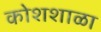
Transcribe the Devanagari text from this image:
कोशशाळा